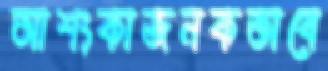
আশংকাজনকভাবে